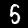
Label: 5